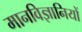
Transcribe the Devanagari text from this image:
मानविज्ञानियों